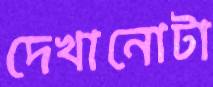
দেখানোটা